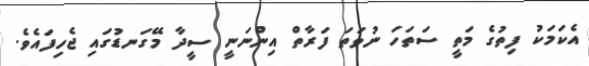
އެކަމަކު ފިތުގެ މަތީ ސަތަހަ ނުވަތަ ފަރާތް އިންނަނީ ސީދާ މޭގަނޑުގައި ޖެހިފައެވެ.